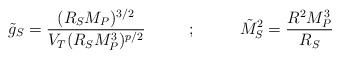
\begin{align*}\tilde{g}_S = {(R_S M_P)^{3/2} \over V_T (R_S M_P^3)^{p/2} } ~~~~~~~~;~~~~~~~~ \tilde{M}_S^2 = {R^2 M_P^3 \over R_S}\end{align*}